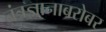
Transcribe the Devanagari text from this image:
तंत्रज्ञानाबरोबर